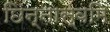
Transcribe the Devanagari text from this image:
छिन्नास्वमि